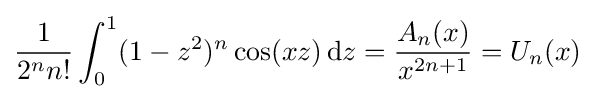
{\frac {1}{2^{n}n!}}\int _{0}^{1}(1-z^{2})^{n}\cos(xz)\,\mathrm {d} z={\frac {A_{n}(x)}{x^{2n+1}}}=U_{n}(x)